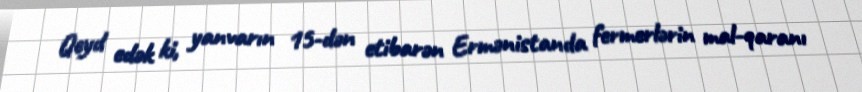
Qeyd edək ki, yanvarın 15-dən etibarən Ermənistanda fermerlərin mal-qaranı